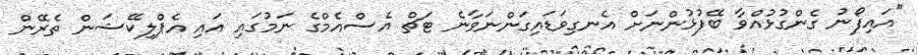
"އައިފޯނު ގެންގުޅުއްވާ ބޭފުޅުންނަށް އެނގިވަޑައިގަންނަވާނެ ޓަޗް އެސްއެމްގެ ނަމުގައި އައި އެޕްލިކޭޝަން ތެރޭން